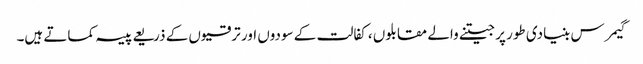
گیمرس بنیادی طور پر جیتنے والے مقابلوں ، کفالت کے سودوں اور ترقیوں کے ذریعے پیسہ کماتے ہیں۔